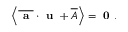
\left\langle \overline { { \textbf { a } } } \cdot \textbf { u } + \overline { { A } } \right\rangle = \textbf { 0 } .